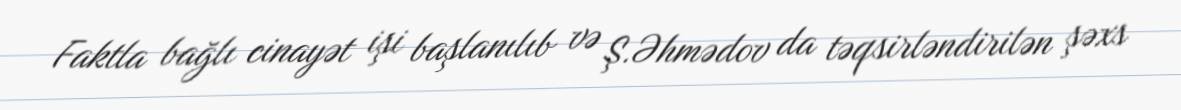
Faktla bağlı cinayət işi başlanılıb və Ş.Əhmədov da təqsirləndirilən şəxs